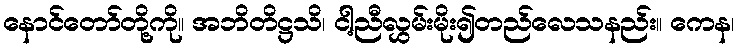
နောင်တော်တို့ကို။ အဘိတိဋ္ဌသိ၊ ငါ့ညီလွှမ်းမိုး၍တည်လေသနည်း။ ကေန၊